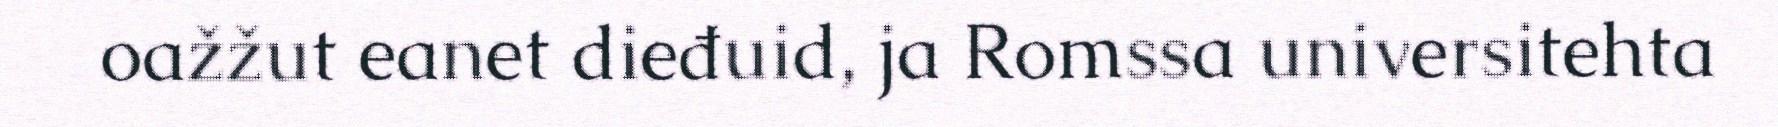
oažžut eanet dieđuid, ja Romssa universitehta